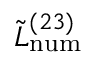
\tilde { L } _ { \mathrm { n u m } } ^ { ( 2 3 ) }